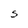
Character: S